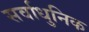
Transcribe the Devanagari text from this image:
सर्वाधुनिक